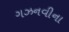
ગઝનવીના